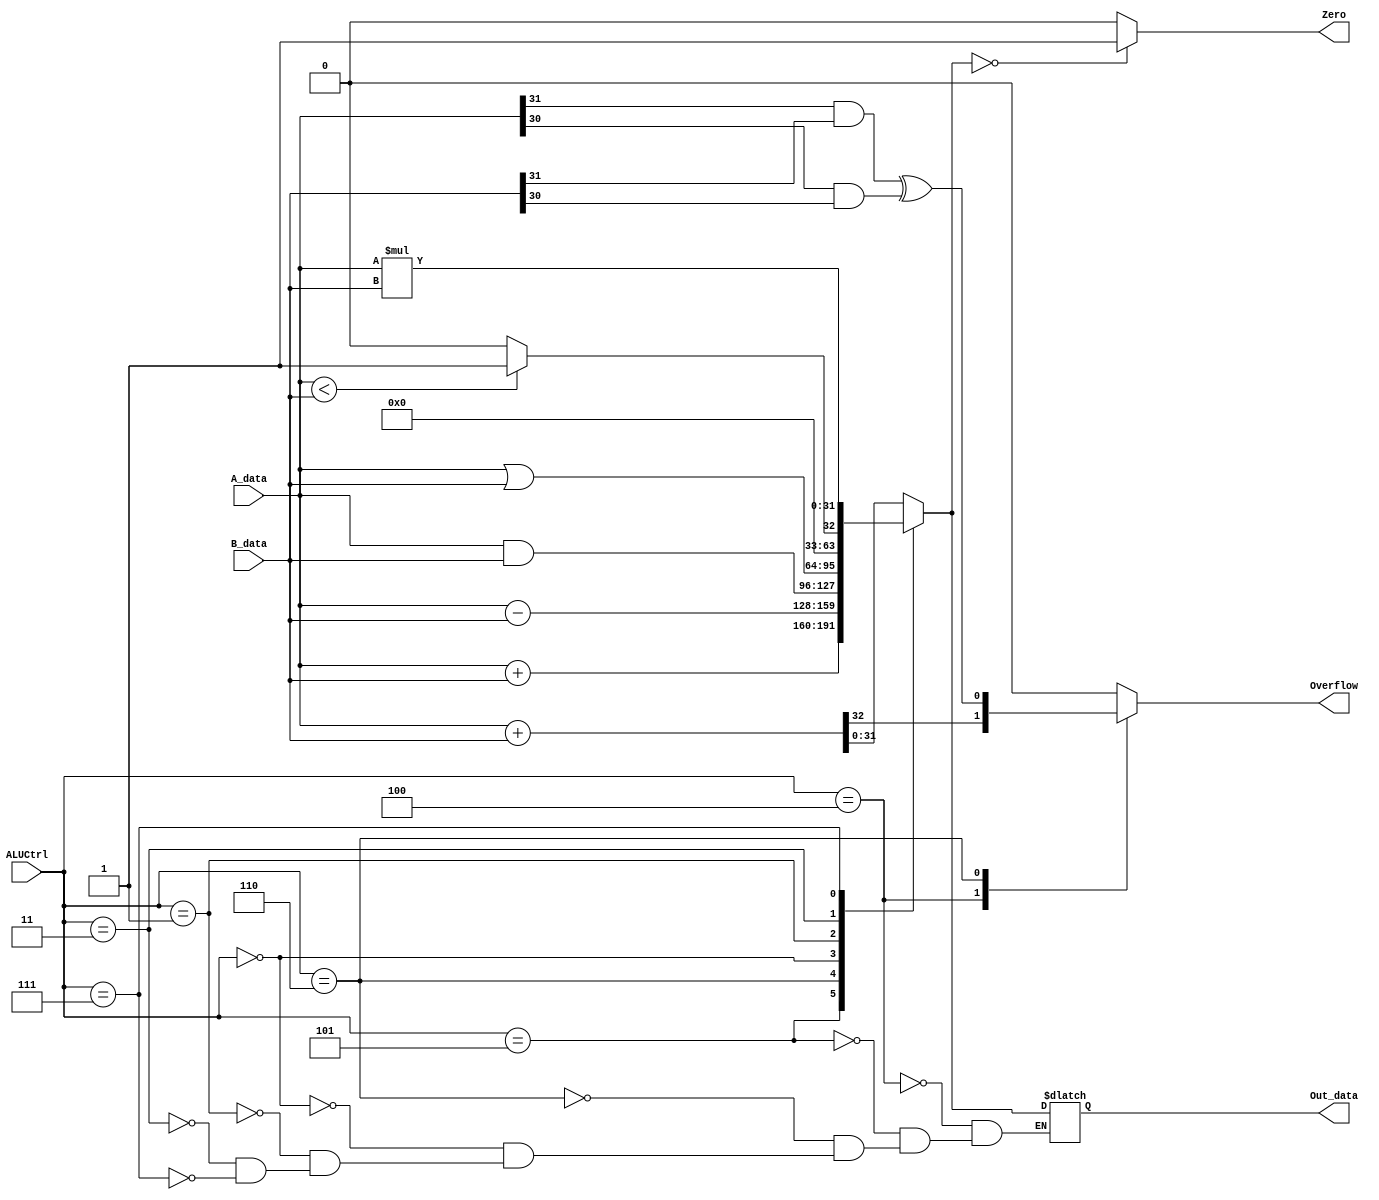
`timescale 1ns / 1ps
//////////////////////////////////////////////////////////////////////////////////
// Company: 
// Engineer: 
// 
// Design Name: 
// Module Name: ALU
// Project Name: 
// Target Devices: 
// Tool Versions: 
// Description: 
// 
// Dependencies: 
// 
// Revision:
// Revision 0.01 - File Created
// Additional Comments:
// 
//////////////////////////////////////////////////////////////////////////////////


module ALU(A_data,B_data,ALUCtrl,Out_data,Zero,Overflow);
    input[31:0] A_data;
    input[31:0] B_data;
    input[2:0] ALUCtrl;
    output[31:0] Out_data;
    output Zero;//
    output Overflow;//
    reg r_Zero;
    reg r_Overflow;
    reg[31:0] r_Out_data;
    assign  Out_data = r_Out_data;
    assign Zero = r_Zero;
    assign Overflow = r_Overflow;
    initial begin
        r_Zero=0;
        r_Overflow=0;
    end
    always@(*)
        begin
            r_Zero=0;
            r_Overflow=0;
            case(ALUCtrl)
                3'b100://
                    begin
                       {r_Overflow,r_Out_data}=A_data+B_data;
                    end
                3'b101://
                    begin
                        r_Out_data=A_data+B_data;
                    end
                3'b110://
                    begin
                        r_Out_data=A_data-B_data;
                        r_Overflow = A_data[31]&B_data[31] ^ A_data[30]&B_data[30]; 
                    end
                3'b000://
                    begin
                        r_Out_data=A_data&B_data;
                    end
                3'b001://
                    begin
                        r_Out_data=A_data|B_data;
                    end
                3'b011://
                    begin
                        if(A_data<B_data)
                            begin
                                r_Out_data = 1;
                            end
                        else
                            begin
                                r_Out_data = 0;
                            end
                    end
                3'b111:
                    begin
                        r_Out_data = A_data*B_data;
                    end
            endcase
            r_Zero=(r_Out_data==0)?1:0;//
        end
endmodule